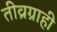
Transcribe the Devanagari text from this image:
तीव्रग्राही